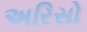
અરિસો